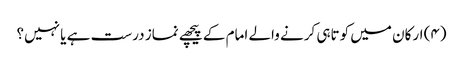
(۴) ارکان میں کوتاہی کرنے والے امام کے پیچھے نماز درست ہے یا نہیں؟